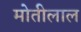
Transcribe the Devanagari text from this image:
माेतीलाल